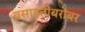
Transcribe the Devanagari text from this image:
वसाहतींबरोबर